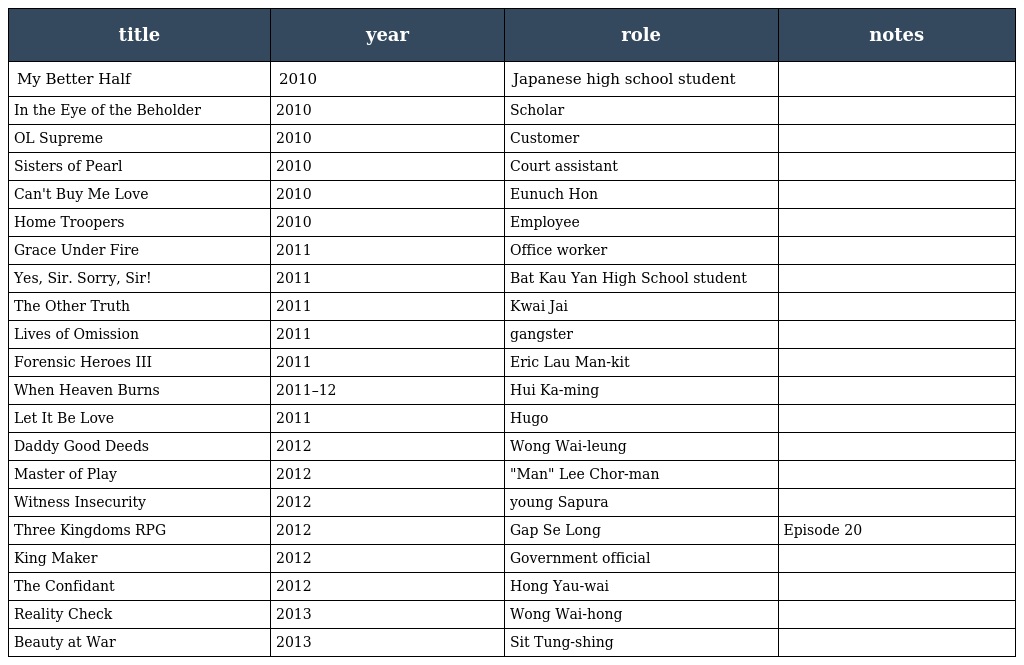
| title | year | role | notes |
 | --- | --- | --- | --- |
 | My Better Half | 2010 | Japanese high school student |  |
 | In the Eye of the Beholder | 2010 | Scholar |  |
 | OL Supreme | 2010 | Customer |  |
 | Sisters of Pearl | 2010 | Court assistant |  |
 | Can't Buy Me Love | 2010 | Eunuch Hon |  |
 | Home Troopers | 2010 | Employee |  |
 | Grace Under Fire | 2011 | Office worker |  |
 | Yes, Sir. Sorry, Sir! | 2011 | Bat Kau Yan High School student |  |
 | The Other Truth | 2011 | Kwai Jai |  |
 | Lives of Omission | 2011 | gangster |  |
 | Forensic Heroes III | 2011 | Eric Lau Man-kit |  |
 | When Heaven Burns | 2011–12 | Hui Ka-ming |  |
 | Let It Be Love | 2011 | Hugo |  |
 | Daddy Good Deeds | 2012 | Wong Wai-leung |  |
 | Master of Play | 2012 | "Man" Lee Chor-man |  |
 | Witness Insecurity | 2012 | young Sapura |  |
 | Three Kingdoms RPG | 2012 | Gap Se Long | Episode 20 |
 | King Maker | 2012 | Government official |  |
 | The Confidant | 2012 | Hong Yau-wai |  |
 | Reality Check | 2013 | Wong Wai-hong |  |
 | Beauty at War | 2013 | Sit Tung-shing |  |